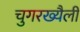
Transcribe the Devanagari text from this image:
चुगरख्यैली